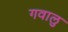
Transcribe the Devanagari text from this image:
गवालु